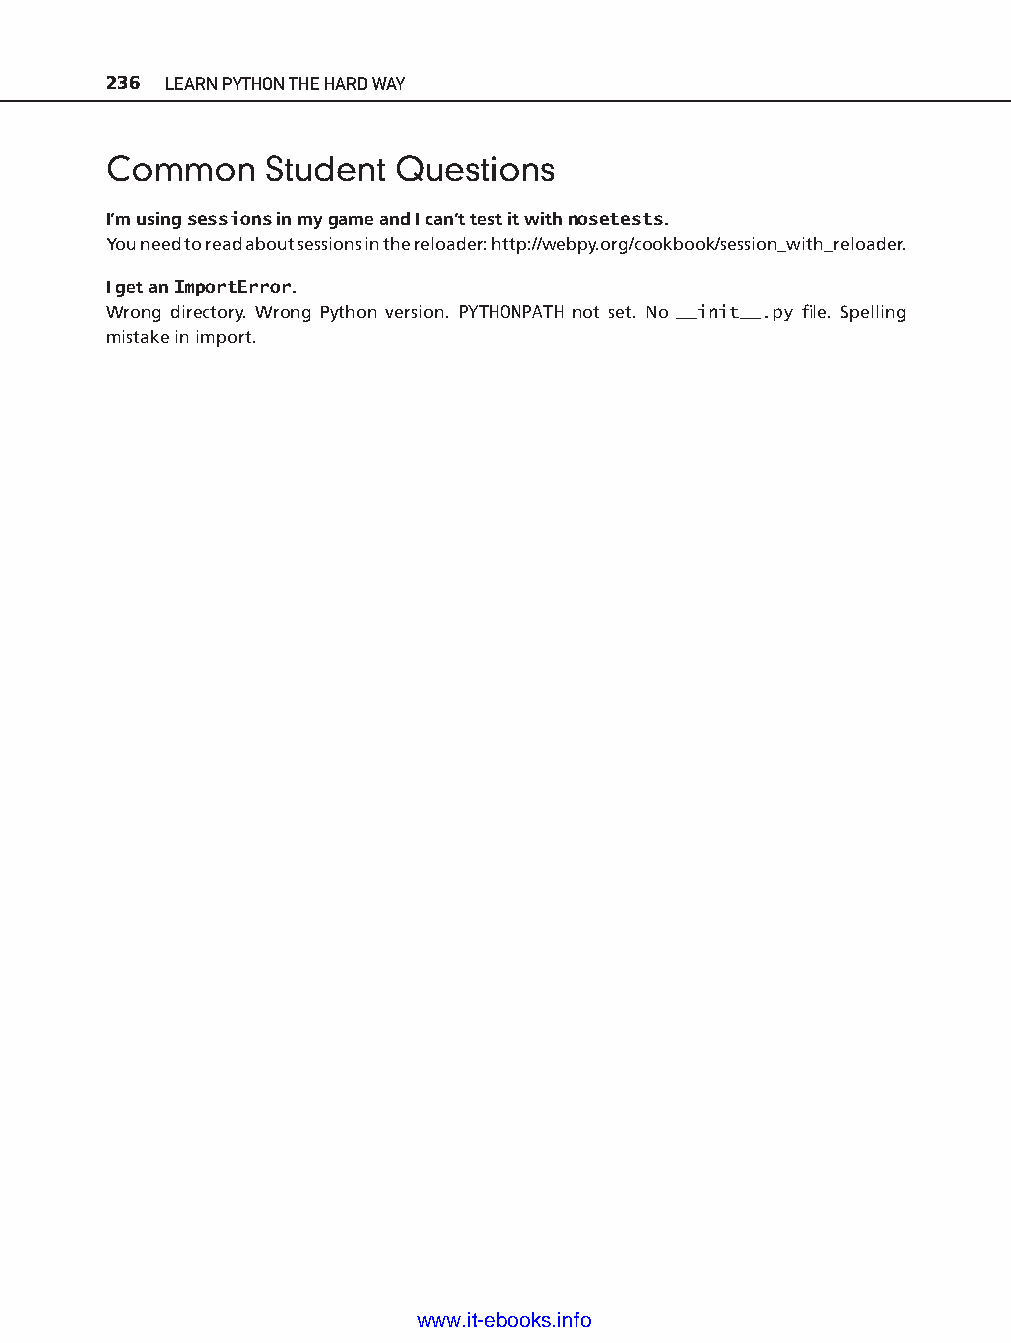
236 LEARN PYTHON THE HARD WAY
 Common     Student Questions
 I’m using sessions in my game and I can’t test it with nosetests.
 You need to read about sessions in the reloader: http://webpy.org/cookbook/session_with_reloader.
 I get an ImportError.
 Wrong directory. Wrong Python version. PYTHONPATH not set. No __init__.py fi le. Spelling
 mistake in import.
 ptg11539604
 www.it-ebooks.info